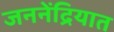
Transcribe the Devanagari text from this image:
जननेंद्रियात